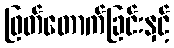
ဖြတ်တောက်ခြင်းနှင့်